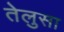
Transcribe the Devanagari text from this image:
तेलुसा